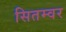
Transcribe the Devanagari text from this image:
सितम्वर